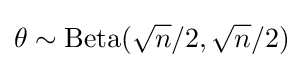
\theta \sim {\text{Beta}}({\sqrt {n}}/2,{\sqrt {n}}/2)